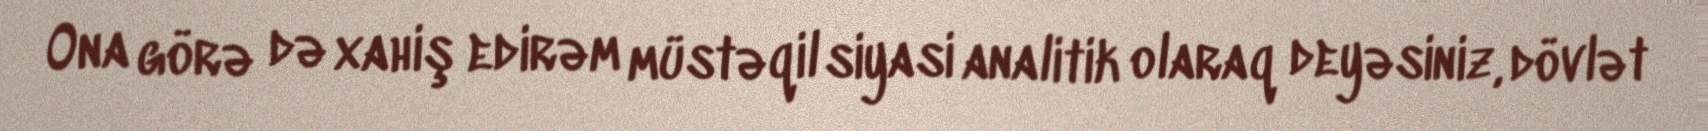
Ona görə də xahiş edirəm müstəqil siyasi analitik olaraq deyəsiniz, dövlət